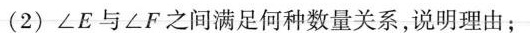
(2)∠E与∠F之间满足何种数量关系，说明理由；